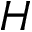
H